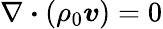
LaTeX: \nabla\boldsymbol{\cdot}(\rho_{0}\boldsymbol{v})=0